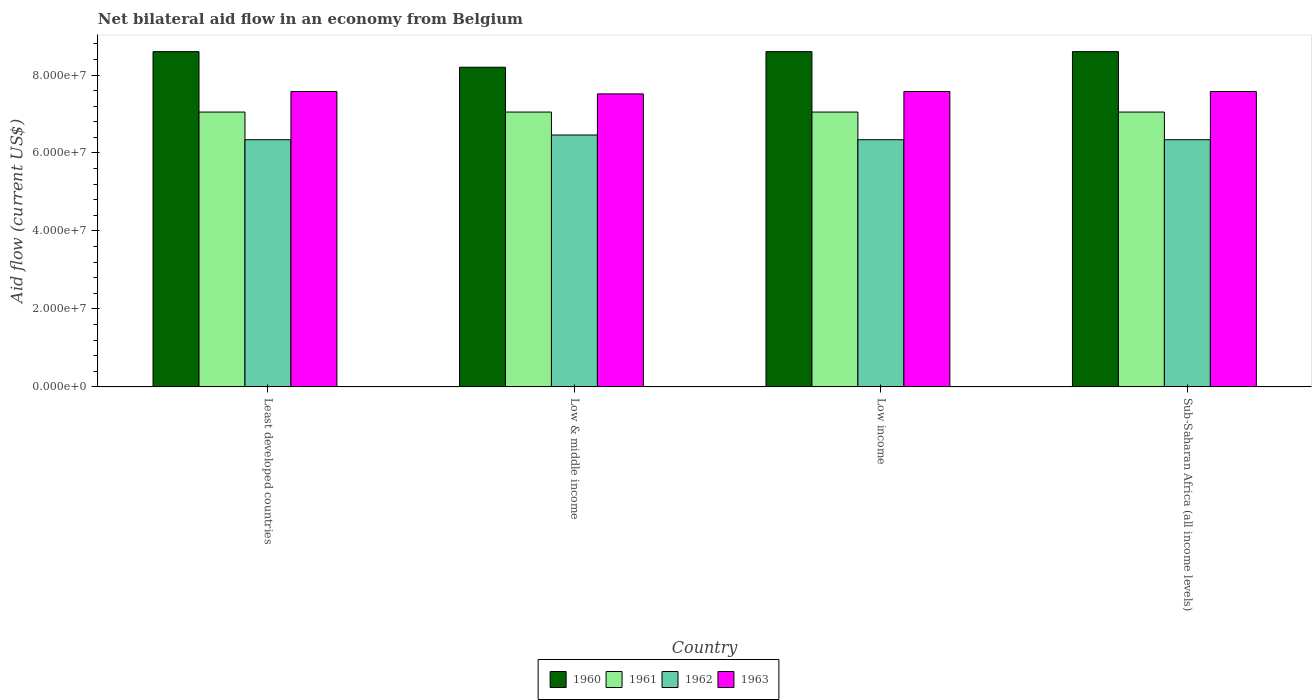
| Country | 1960 | 1961 | 1962 | 1963 |
 | --- | --- | --- | --- | --- |
 | Least developed countries | 8.6e+07 | 7.05e+07 | 6.34e+07 | 7.58e+07 |
 | Low & middle income | 8.2e+07 | 7.05e+07 | 6.46e+07 | 7.52e+07 |
 | Low income | 8.6e+07 | 7.05e+07 | 6.34e+07 | 7.58e+07 |
 | Sub-Saharan Africa (all income levels) | 8.6e+07 | 7.05e+07 | 6.34e+07 | 7.58e+07 |